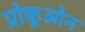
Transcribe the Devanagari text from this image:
प्रोकूओन